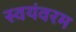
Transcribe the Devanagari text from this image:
स्वयंवरम